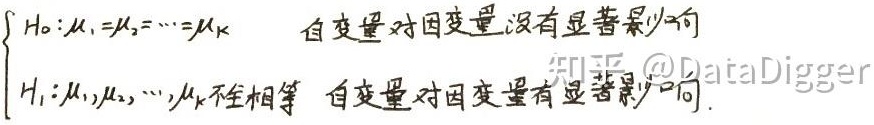
\[
\begin{cases}
H_0:\mu_1 = \mu_2=\cdots=\mu_k & \text{自变量对因变量没有显著影响}\\
H_1:\mu_1,\mu_2,\cdots,\mu_k\text{不全相等} & \text{自变量对因变量有显著影响}
\end{cases}
\]